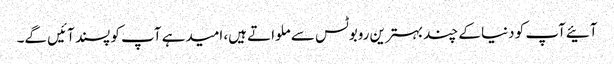
آئیےآپ کو دنیا کے چند بہترین روبوٹس سے ملواتے ہیں، امیدہے آپ کو پسند آئیں گے۔